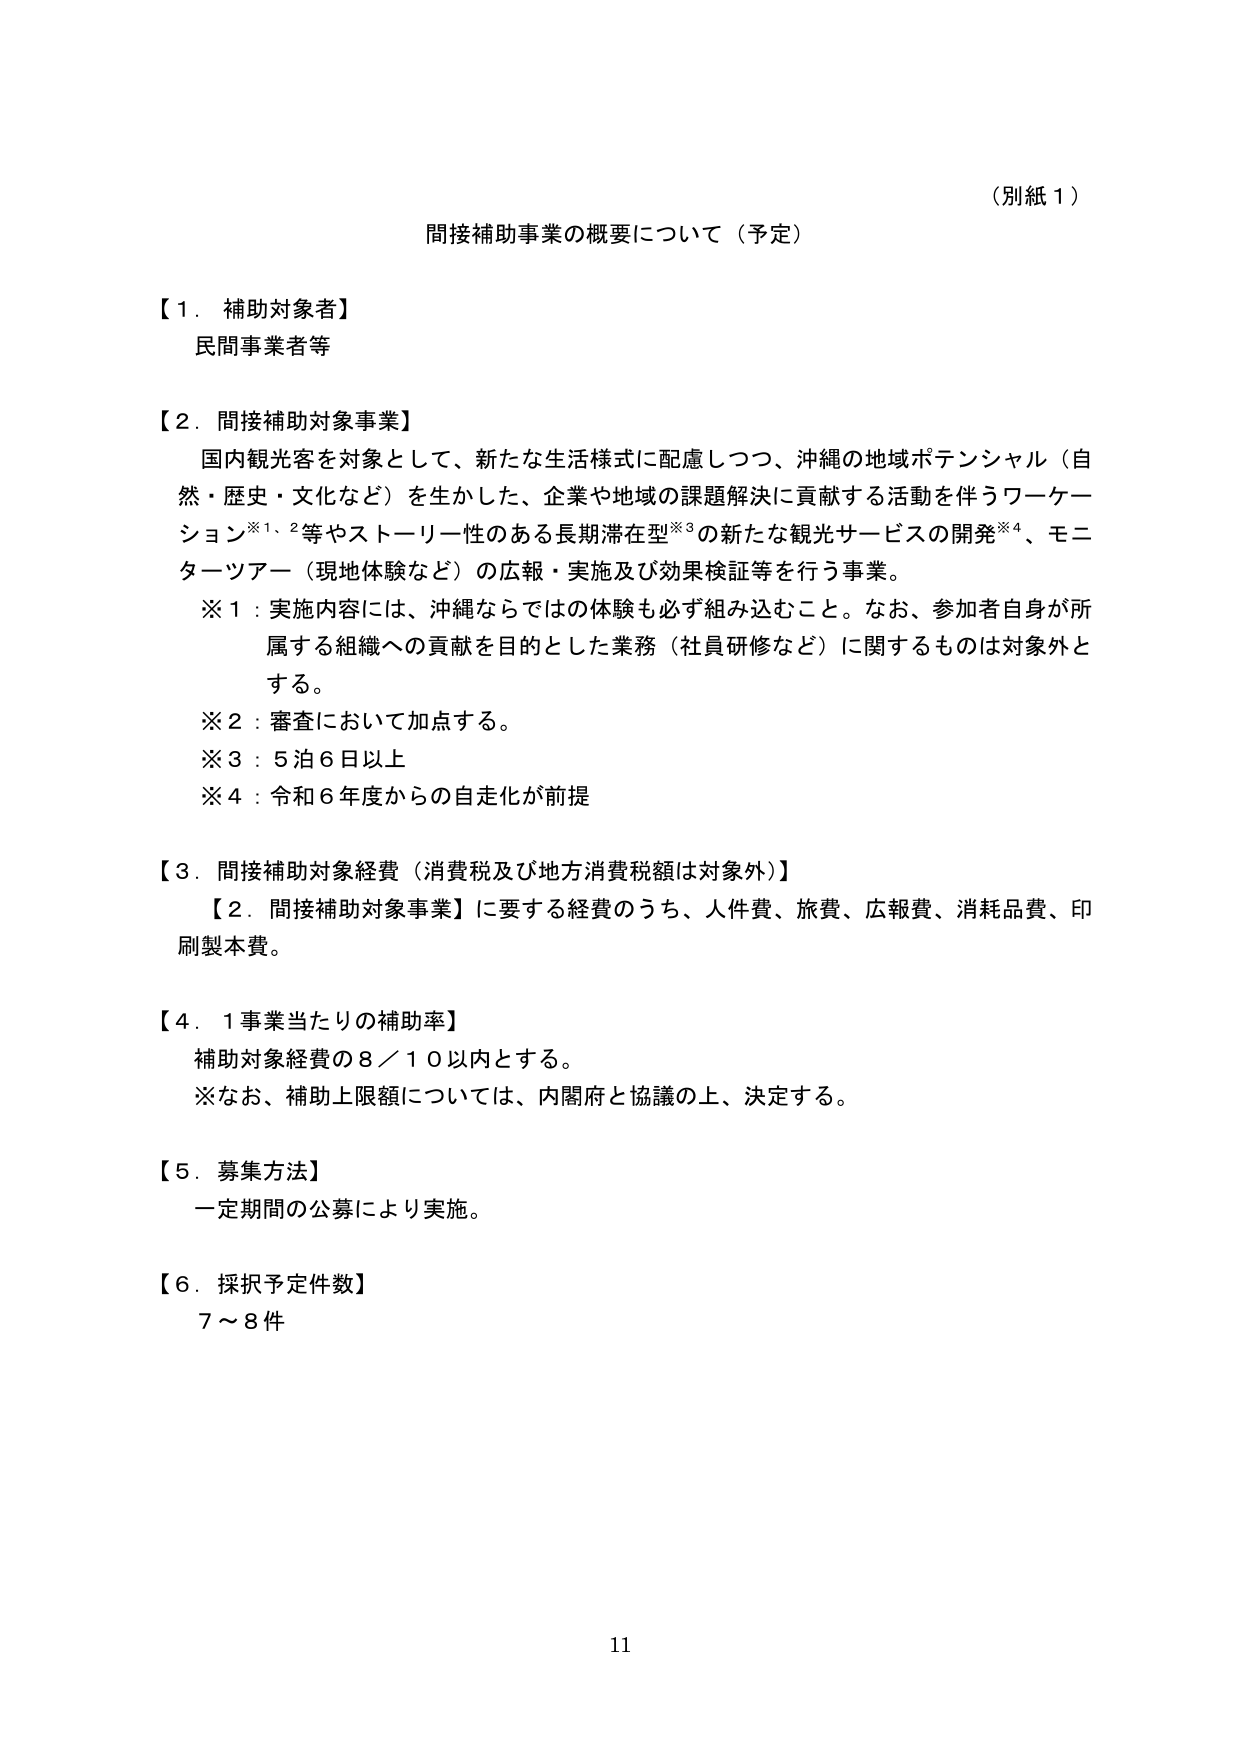
（別紙１）

間接補助事業の概要について（予定）

【１．補助対象者】
民間事業者等

【２．間接補助対象事業】
国内観光客を対象として、新たな生活様式に配慮しつつ、沖縄の地域ポテンシャル（自然・歴史・文化など）を生かした、企業や地域の課題解決に貢献する活動を伴うワーケーション※1、2等やストーリー性のある長期滞在型※3の新たな観光サービスの開発※4、モニターツアー（現地体験など）の広報・実施及び効果検証等を行う事業。
※1：実施内容には、沖縄ならではの体験も必ず組み込むこと。なお、参加者自身が所属する組織への貢献を目的とした業務（社員研修など）に関するものは対象外とする。
※2：審査において加点する。
※3：5泊6日以上
※4：令和6年度からの自走化が前提

【３．間接補助対象経費（消費税及び地方消費税額は対象外）】
【２．間接補助対象事業】に要する経費のうち、人件費、旅費、広報費、消耗品費、印刷製本費。

【４．１事業当たりの補助率】
補助対象経費の８／１０以内とする。
※なお、補助上限額については、内閣府と協議の上、決定する。

【５．募集方法】
一定期間の公募により実施。

【６．採択予定件数】
７～８件

11